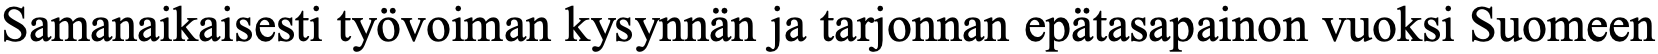
Samanaikaisesti työvoiman kysynnän ja tarjonnan epätasapainon vuoksi Suomeen